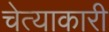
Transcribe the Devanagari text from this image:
चेत्याकारी